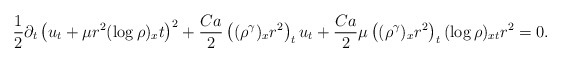
\begin{align*}\frac{1}{2}\partial_t\left(u_t+\mu r^2(\log\rho)_xt\right)^2+\frac{Ca}{2}\left((\rho^\gamma)_xr^2\right)_tu_t+\frac{Ca}{2}\mu\left((\rho^\gamma)_xr^2\right)_t(\log\rho)_{xt}r^2=0.\end{align*}